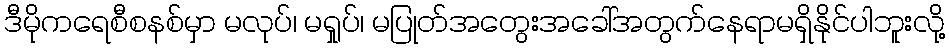
ဒီမိုကရေစီစနစ်မှာ မလုပ်၊ မရှုပ်၊ မပြုတ်အတွေးအခေါ်အတွက်နေရာမရှိနိုင်ပါဘူးလို့